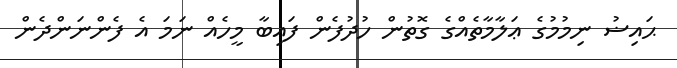
ޙައިޟު ނިމުމުގެ ޢަލާމާތެއްގެ ގޮތުން ހުދުފެން ފައިބާ މީހެއް ނަމަ އެ ފެންނަންދެން